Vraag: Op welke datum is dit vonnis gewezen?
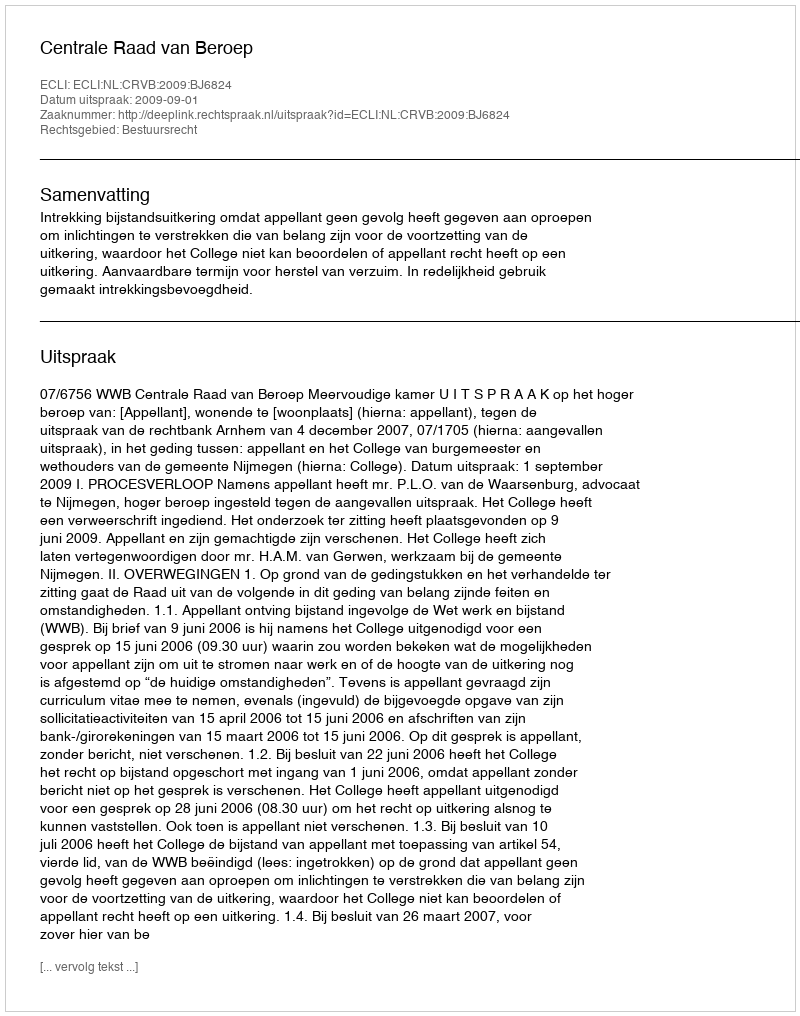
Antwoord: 2009-09-01